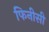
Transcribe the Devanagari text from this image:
फिनीसी